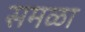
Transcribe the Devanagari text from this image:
समळा